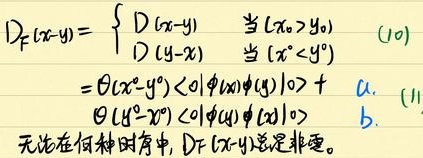
\(D_{F}(x - y)=\begin{cases}D(x - y)&\text{当}(x^{0}>y^{0})\\D(y - x)&\text{当}(x^{0}<y^{0})\end{cases}\quad(10)\)
\(=\theta(x^{0}-y^{0})\langle0|\phi(x)\phi(y)|0\rangle+\ a.\)
\(\theta(y^{0}-x^{0})\langle0|\phi(y)\phi(x)|0\rangle\quad b.\)
无论在何种时序中，\(D_{F}(x - y)\) 总是非负。